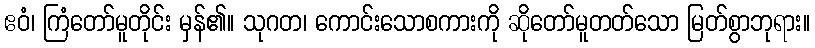
ဧဝံ၊ ကြံတော်မူတိုင်း မှန်၏။ သုဂတ၊ ကောင်းသောစကားကို ဆိုတော်မူတတ်သော မြတ်စွာဘုရား။